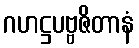
ဂဟဋ္ဌပဗ္ဗဇိတာနံ